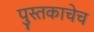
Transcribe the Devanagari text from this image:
पुस्तकाचेच